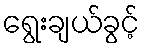
ရွေးချယ်ခွင့်